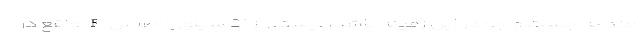
مند به جست و جو در این زمینه باشد، لیستی از 21 سیلوی اطلس F واقع در